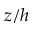
z / h